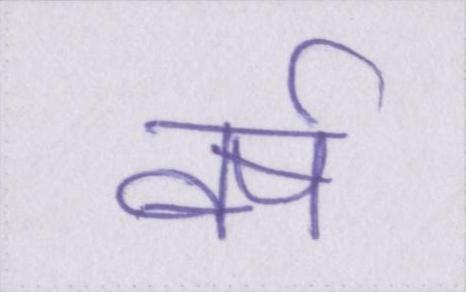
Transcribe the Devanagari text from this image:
वर्ष